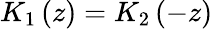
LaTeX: K_{1}\left(z\right)=K_{2}\left(-z\right)